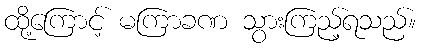
ထို့ကြောင့် မကြာခဏ သွားကြည့်ရသည်။